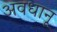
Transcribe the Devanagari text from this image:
अवधानू